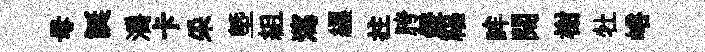
母誕灂卡采塈組瀉纒拄胯鐙福眸闊榭牡峪